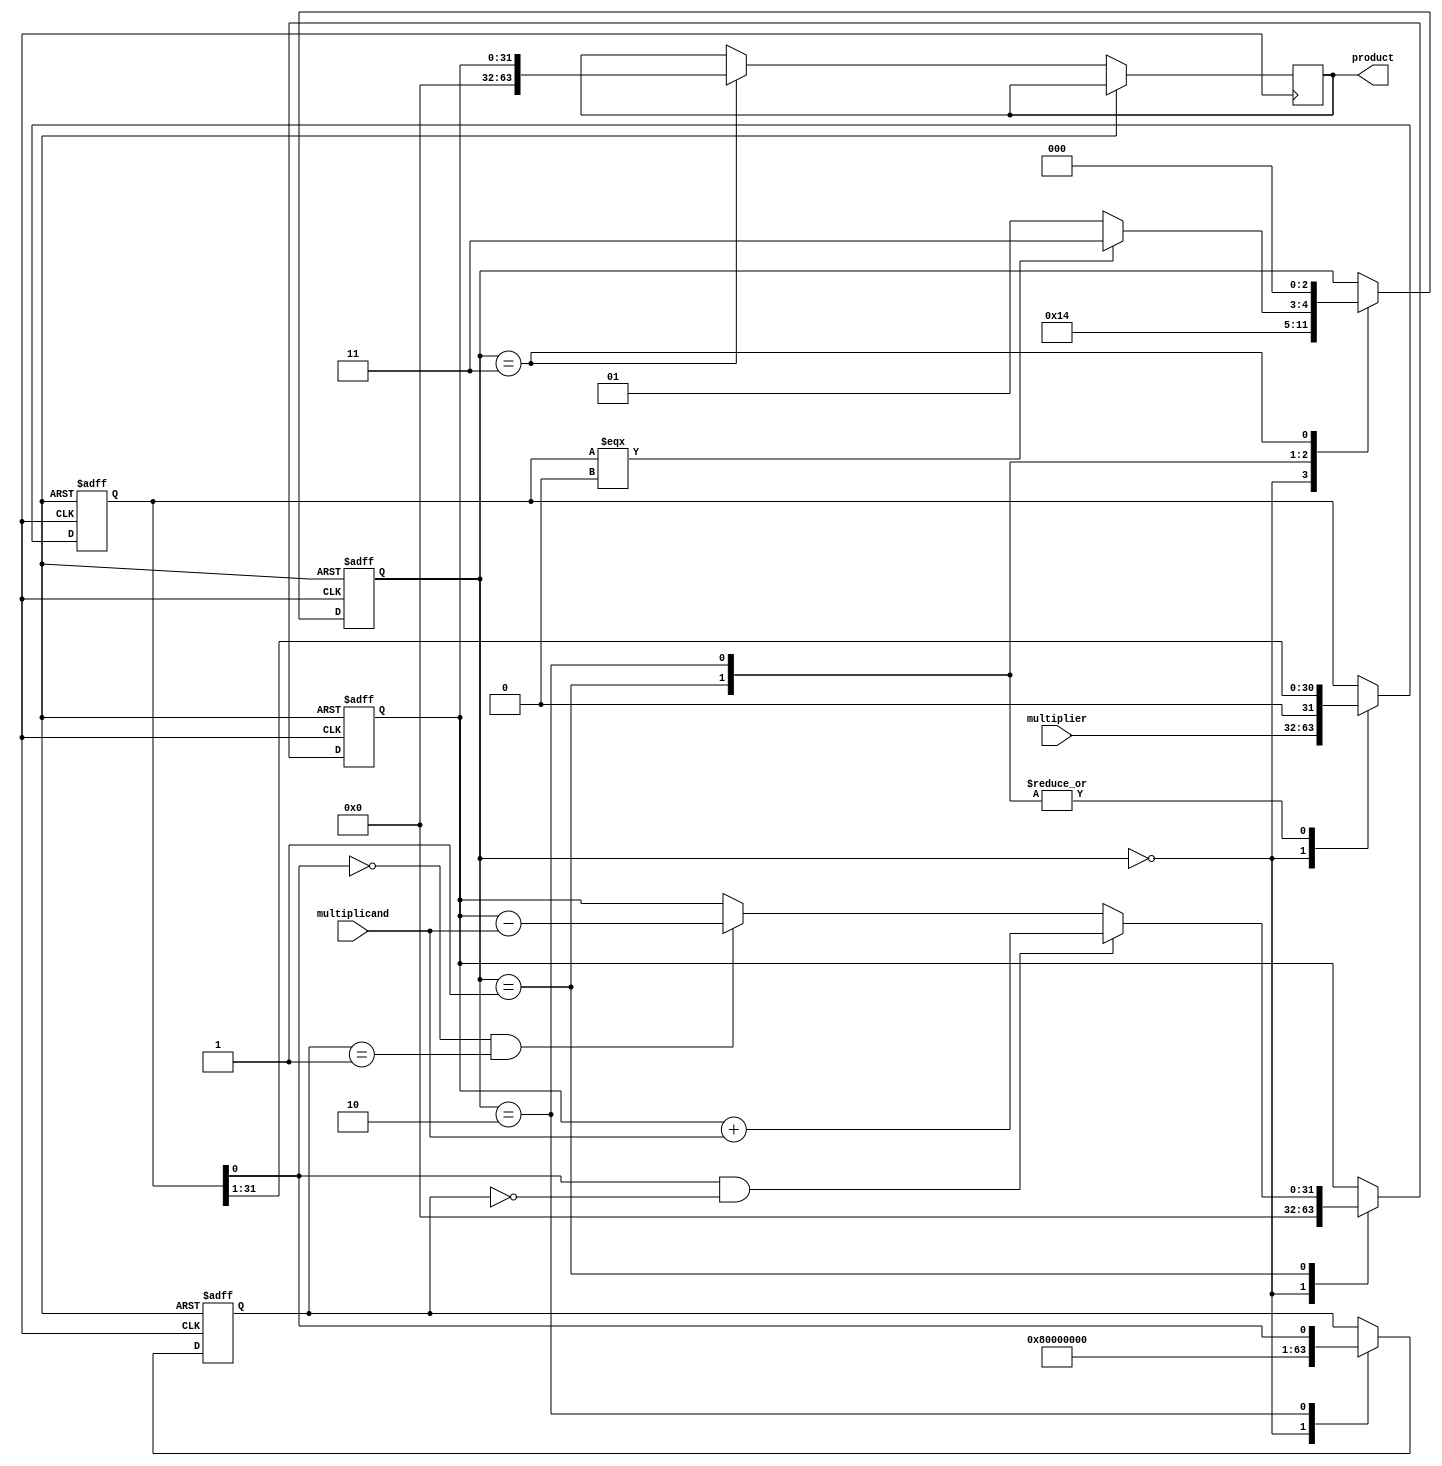
module booth_multiplier (
    input [31:0] multiplicand,
    input [31:0] multiplier,
    output reg [63:0] product
);

reg [31:0] A, S, P;
reg [2:0] state;

always @(posedge clk or posedge rst) begin
    if (rst) begin
        A <= 0;
        S <= 0;
        P <= 0;
        state <= 0;
    end else begin
        case (state)
            0: begin // Initialization state
                A <= multiplier;
                S <= 1;
                P <= 0;
                state <= 1;
            end
            1: begin // Calculate partial product
                if (A[0] == 1 && S == 0) begin
                    P <= P + multiplicand;
                end else if (A[0] == 0 && S == 1) begin
                    P <= P - multiplicand;
                end
                A <= A >> 1;
                state <= 2;
            end
            2: begin // Shift
                A <= A >> 1;
                S <= A[0];
                state <= (A === 0) ? 3 : 1;
            end
            3: begin // End state
                product <= P;
                state <= 0;
            end
        endcase
    end
end

endmodule